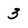
Character: 3